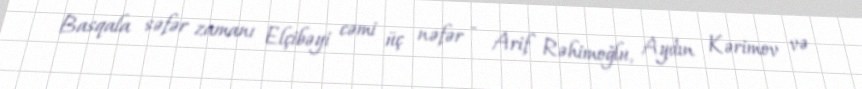
Basqala səfər zamanı Elçibəyi cəmi üç nəfər - Arif Rəhimoğlu, Aydın Kərimov və